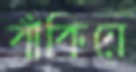
বাঁকিয়ে